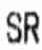
SR